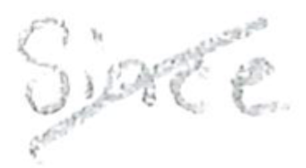
Text: since
Cross-out: diagonal
Writing tool: pencil